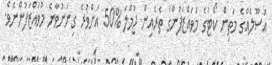
އުސޫލެއްގެ މަތިން ކޯޓުގެ މުވައްޒަފުންގެ ތެރެއިން ޖުމްލަ %50 އަށްވުރެ ގިނަނުވާނެ މުވައްޒަފުންނެވެ.